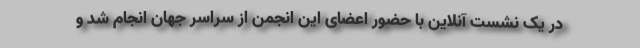
در یک نشست آنلاین با حضور اعضای این انجمن از سراسر جهان انجام شد و